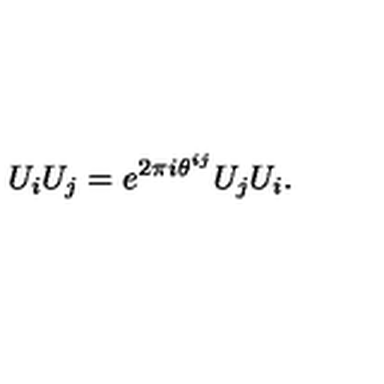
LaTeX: U _ { i } U _ { j } = e ^ { 2 \pi i \theta ^ { i j } } U _ { j } U _ { i } .